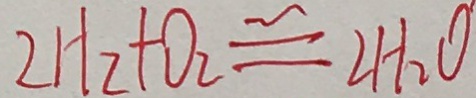
2 H _ { 2 } + O _ { 2 } \cong 2 H _ { 2 } O